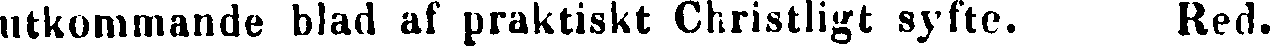
utkommande blad af praktiskt Christligt syfte. Red.